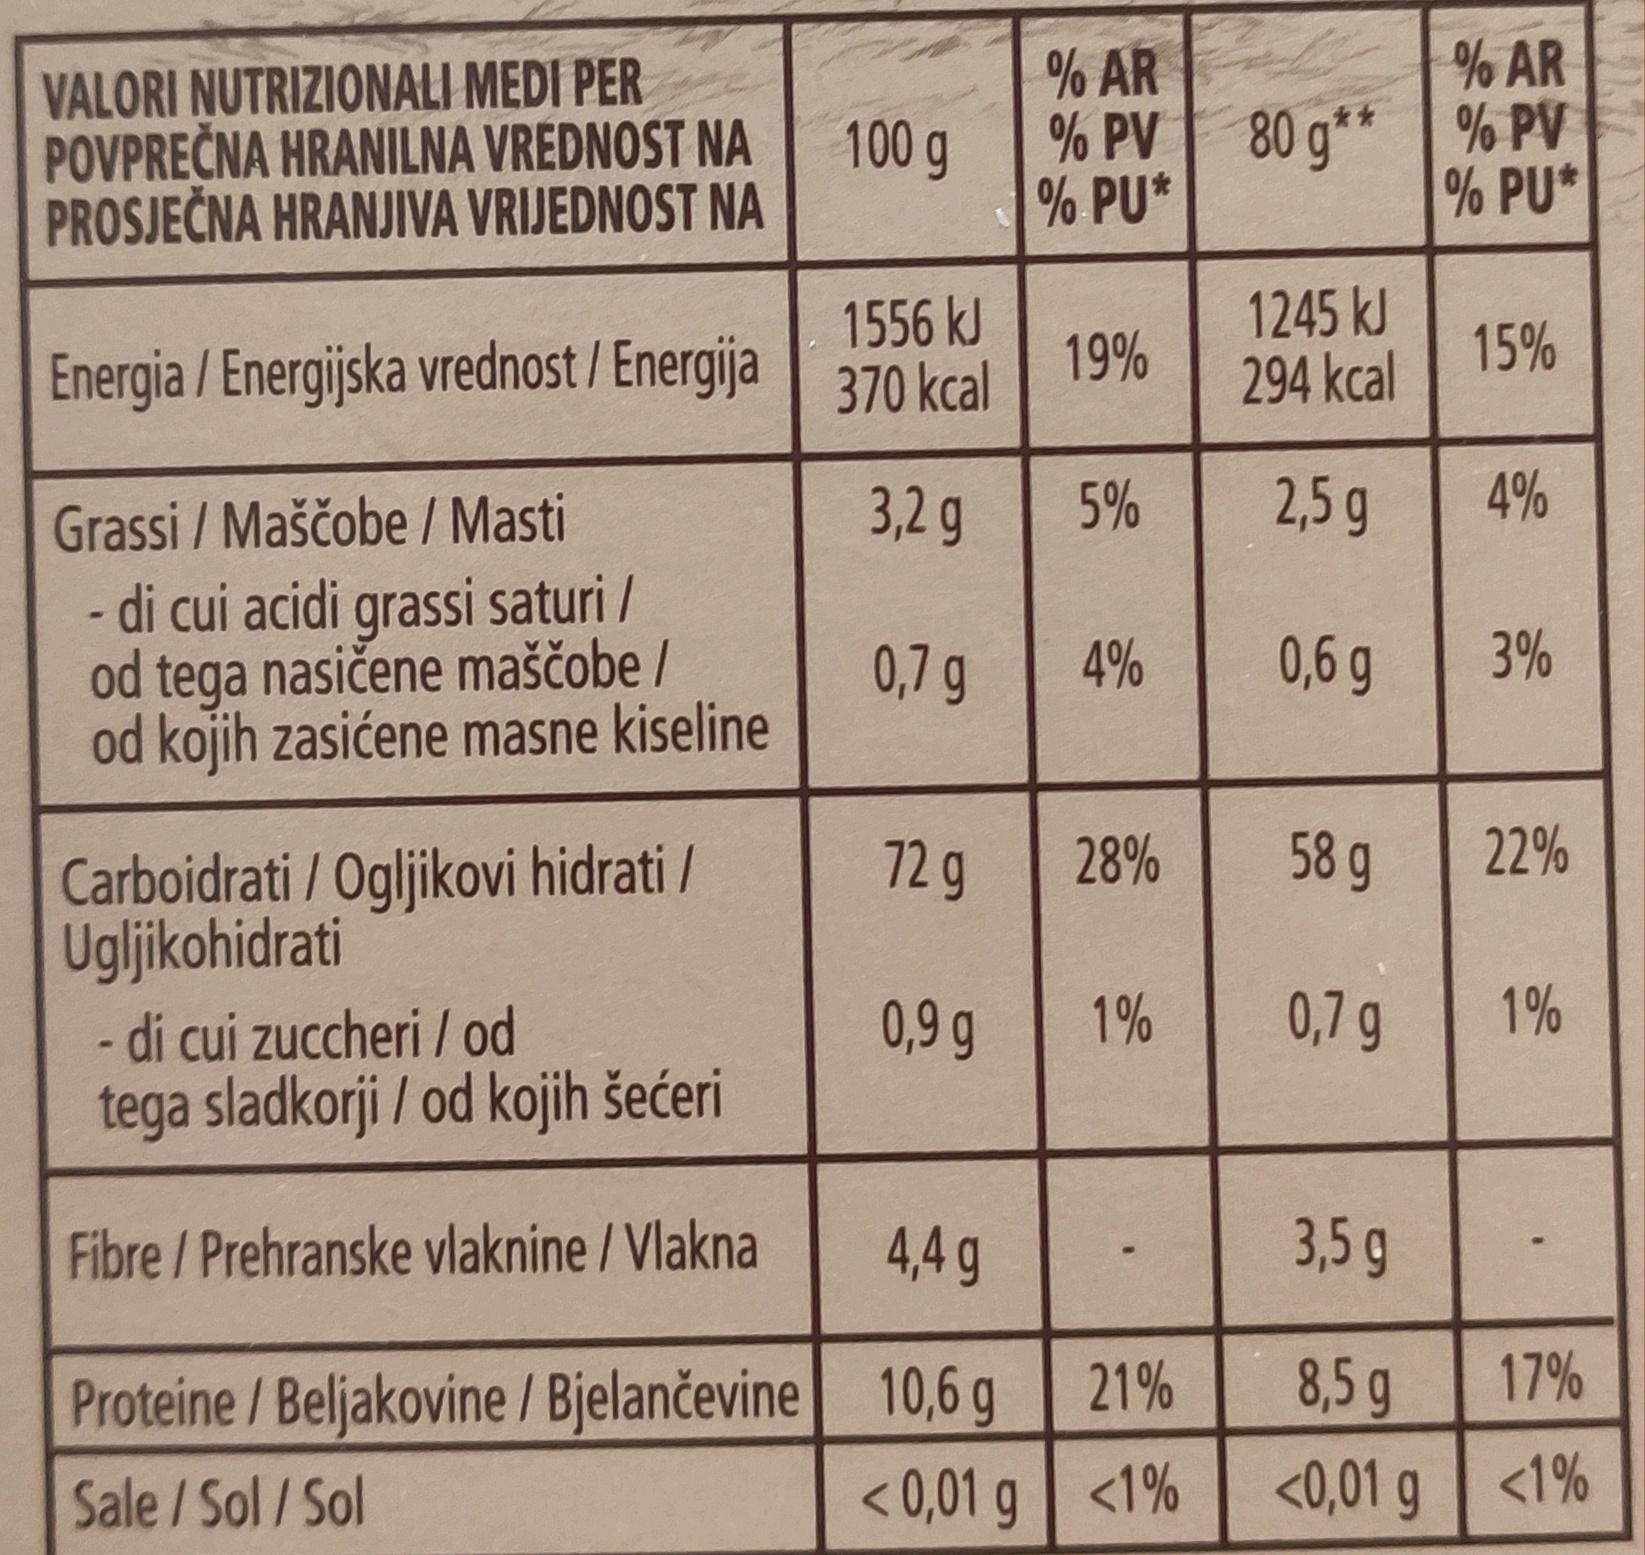
VALORI NUTRIZIONALI MEDI PER POVPREČNA HRANILNA VREDNOST NA PROSJEČNA HRANJIVA VRIJEDNOST NA
1556 kJ
Energia / Energijska vrednost / Energija 370 kcal
3,2 g
0,7 g
Grassi / Maščobe / Masti
-
di cui acidi grassi saturi /
od tega nasičene maščobe /
od kojih zasićene masne kiseline
100 g
Carboidrati / Ogljikovi hidrati / Ugljikohidrati
72 g
0,9 g
- di cui zuccheri / od
tega sladkorji / od kojih šećeri
Fibre/Prehranske vlaknine / Vlakna
4,4 g
Proteine / Beljakovine / Bjelančevine 10,6 g
Sale/Sol/Sol
<0,01 g
% AR
% AR
% PV 80 g** % PV % PU*
% PU*
19%
5%
4%
28%
1%
21%
<1%
1245 kJ
294 kcal
2,5 g
0,6 g
58 g
0,7 g
3,5 g
8,5 g
<0,01 g
15%
4%
3%
22%
1%
17%
<1%